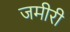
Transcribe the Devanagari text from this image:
जमीरी